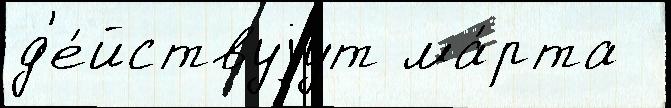
д'е́йствуjут ма́рта